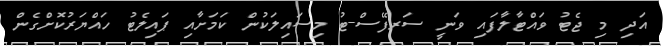
އަދި މި ޖެޓު ވައްޓާލާފައި ވަނީ ސަރފޭސް-ޓު މިސައިލަކުން ކަމަށާއި ޕައިލެޓު ހައްޔަރުކޮށްގެން